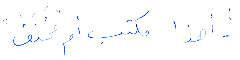
أهذا مكتب أم "مَخنَق"